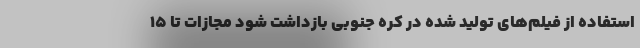
استفاده از فیلم‌های تولید شده در کره جنوبی بازداشت شود مجازات تا ۱۵